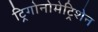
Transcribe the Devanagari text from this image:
ट्रिगोनोमेट्रिशेन